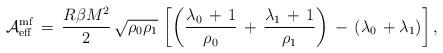
LaTeX: \begin{align*}{\cal A}_{\rm eff}^{\rm mf}\,=\,\frac{R\beta M^2}{2}\,\sqrt{\rho_{0}\rho_{1}}\,\left[\left(\frac{\lambda_0\,+\,1}{\rho_0}\,+\,\frac{\lambda_1\,+\,1}{\rho_1}\right)\,-\,\left(\lambda_0\,+\lambda_1\right)\right],\end{align*}